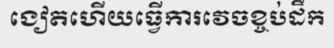
ងៀតហើយធ្វើការវេចខ្ចប់ដឹក